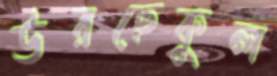
উরছেকুল